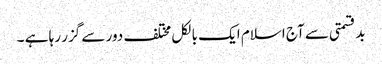
بدقسمتی سے آج اسلام ایک بالکل مختلف دور سے گزر رہا ہے ۔